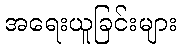
အရေးယူခြင်းများ